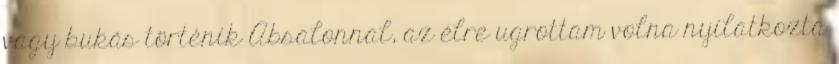
vagy bukás történik Absalonnal, az élre ugrottam volna nyilatkozta